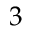
3